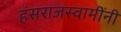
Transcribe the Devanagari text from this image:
हंसराजस्वामींनी